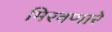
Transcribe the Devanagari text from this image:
मिरवणारे